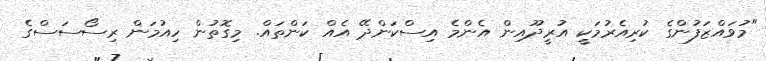
"މުވައްޒަފުންގެ ކުރިއެރުމަކީ އުރީދޫއިން އެންމެ އިސްކަންދޭ އެއް ކަންތައް. މިގޮތުން ހިއުމަން ރިސޯސަސްގެ